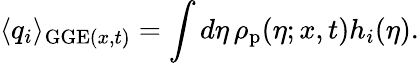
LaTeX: \langle q_{i}\rangle_{\mathrm{GGE}(x,t)}=\int d\eta\, \rho_{\mathrm{p}}(\eta;x,t)h_{i}(\eta).